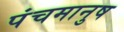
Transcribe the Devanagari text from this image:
पंचमानुष